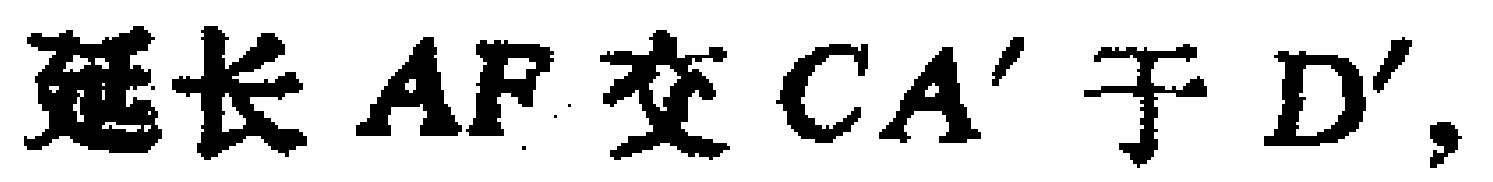
延长 \(AF\) 交 \(CA'\) 于 \(D'\)，